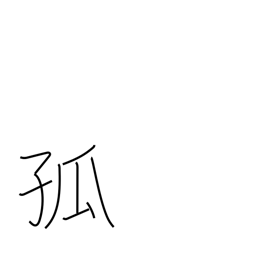
Meaning: alone